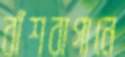
বাঁশবাগানে